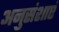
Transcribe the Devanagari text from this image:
अनुसंशाएं